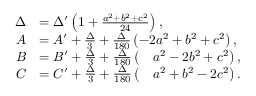
{ \begin{array} { r l } { \Delta } & { = \Delta ^ { \prime } \left( 1 + { \frac { a ^ { 2 } + b ^ { 2 } + c ^ { 2 } } { 2 4 } } \right) , } \\ { A } & { = A ^ { \prime } + { \frac { \Delta } { 3 } } + { \frac { \Delta } { 1 8 0 } } \left( - 2 a ^ { 2 } + b ^ { 2 } + c ^ { 2 } \right) , } \\ { B } & { = B ^ { \prime } + { \frac { \Delta } { 3 } } + { \frac { \Delta } { 1 8 0 } } \left( { \quad a ^ { 2 } - 2 b ^ { 2 } + c ^ { 2 } } \right) , } \\ { C } & { = C ^ { \prime } + { \frac { \Delta } { 3 } } + { \frac { \Delta } { 1 8 0 } } \left( { \quad a ^ { 2 } + b ^ { 2 } - 2 c ^ { 2 } } \right) . } \end{array} }